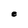
Character: e